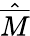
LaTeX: \hat{\overline{{M}}}